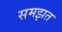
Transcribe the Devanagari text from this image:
समझत